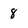
Character: 8